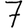
Digit: 7